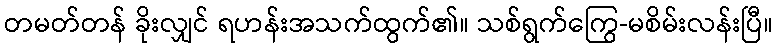
တမတ်တန် ခိုးလျှင် ရဟန်းအသက်ထွက်၏။ သစ်ရွက်ကြွေ-မစိမ်းလန်းပြီ။